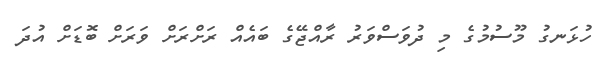
ހުޅަނގު މޫސުމުގެ މި ދުވަސްވަރު ރާއްޖޭގެ ބައެއް ރަށްރަށް ވަރަށް ބޮޑަށް އުދަ